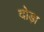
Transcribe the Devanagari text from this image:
दोड़ा